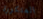
المتكررة